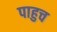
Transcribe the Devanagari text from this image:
पाहुच